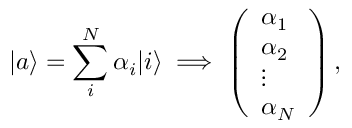
| a \rangle = \sum _ { i } ^ { N } \alpha _ { i } | i \rangle \implies \left( \begin{array} { l } { \alpha _ { 1 } } \\ { \alpha _ { 2 } } \\ { \vdots } \\ { \alpha _ { N } } \end{array} \right) ,